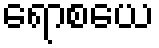
ရောစယေ